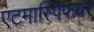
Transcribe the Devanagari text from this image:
एटमास्पिफयर